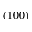
( 1 0 0 )